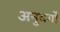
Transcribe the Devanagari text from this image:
अनुवर्गों